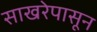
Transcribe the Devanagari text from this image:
साखरेपासून